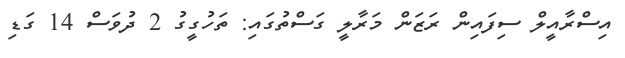
އިސްރާއީލް ސިފައިން ރަޒަން މަރާލީ ގަސްތުގައި: ތަހުގީގު 2 ދުވަސް 14 ގަޑި